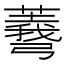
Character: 𢐱